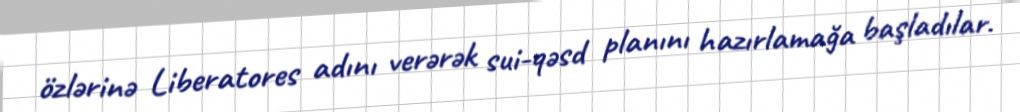
özlərinə Liberatores adını verərək sui-qəsd planını hazırlamağa başladılar.